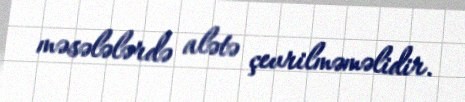
məsələlərdə alətə çevrilməməlidir.